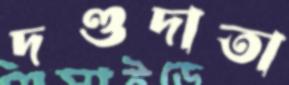
দণ্ডদাতা